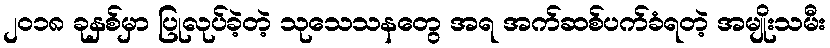
၂၀၁၈ ခုနှစ်မှာ ပြုလုပ်ခဲ့တဲ့ သုသေသနတွေ အရ အက်ဆစ်ပက်ခံရတဲ့ အမျိုးသမီး